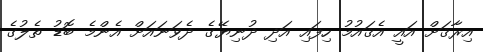
އިރާޤަށް އައީ އެޤައުމު ހިފައި އަދި ދުނިޔޭގެ ދެވަނައަށް އެންމެ ބޮޑު ތެލުގެ